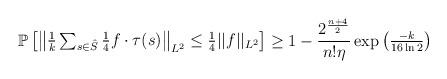
LaTeX: \begin{align*}\mathbb P\begin{bmatrix}\begin{Vmatrix}{\frac 1k}\sum_{s\in {\hat S}}{\frac 14}f\cdot\tau(s)\end{Vmatrix}_{L^2}\leq {\frac 14}||f||_{L^2}\end{bmatrix}\geq 1-{\frac {2^{\frac {n+4}2}}{n!\eta}}\exp\begin{pmatrix}{\frac{-k}{16\ln 2}}\end{pmatrix}\end{align*}